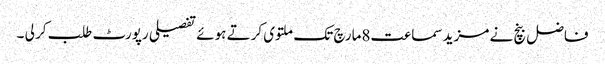
فاضل بنچ نے مزید سماعت8مارچ تک ملتوی کرتے ہوئے تفصیلی رپورٹ طلب کر لی ۔